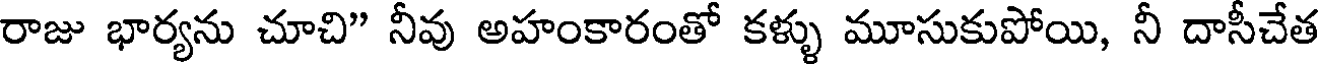
రాజు భార్యను చూచి" నీవు అహంకారంతో కళ్ళు మూసుకుపోయి, నీ దాసీచేత